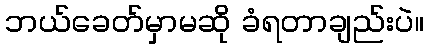
ဘယ်ခေတ်မှာမဆို ခံရတာချည်းပဲ။